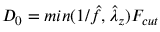
D _ { 0 } = m i n ( 1 / \hat { f } , \hat { \lambda } _ { z } ) F _ { c u t }